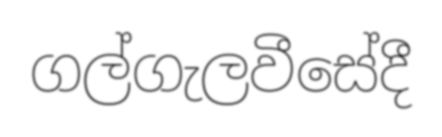
ගල්ගැලවීසේදී